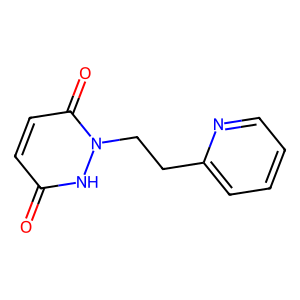
SMILES: O=c1ccc(=O)n(CCc2ccccn2)[nH]1
Inhibits HIV replication: No